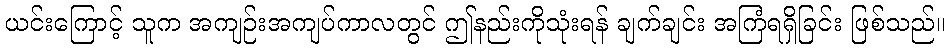
ယင်းကြောင့် သူက အကျဉ်းအကျပ်ကာလတွင် ဤနည်းကိုသုံးရန် ချက်ချင်း အကြံရရှိခြင်း ဖြစ်သည်။